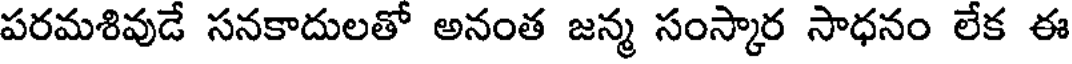
పరమశివుడే సనకాదులతో అనంత జన్మ సంస్కార సాధనం లేక ఈ